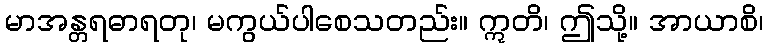
မာအန္တရဓာရတု၊ မကွယ်ပါစေသတည်း။ ဣတိ၊ ဤသို့။ အာယာစိ၊